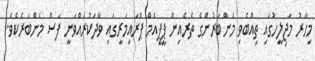
މިހާރު މަޖިލީހުގައި ތިއްބެވި މެންބަރުންގެ ތެރެއިން ޕީޕީއެމް ޕްރައިމަރީގައި ވާދަކުރައްވަނީ ފަސް މެންބަރެކެވެ.